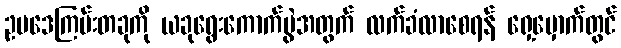
ဥပဒေကြမ်းတခုကို ယခုရွေးကောက်ပွဲအတွက် လက်ခံလာစေရန် ရှေ့မှောက်တွင်